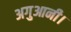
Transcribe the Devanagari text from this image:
अगुआनी।